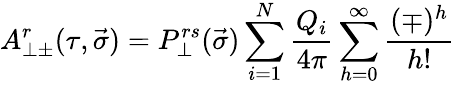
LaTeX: A_{\perp\pm}^{r}(\tau,\vec{\sigma})=P_{\perp}^{rs}(\vec{\sigma})\sum_{i=1}^{N}\frac{Q_{i}}{4\pi}\sum_{h=0}^{\infty}\frac{(\mp)^{h}}{h!}